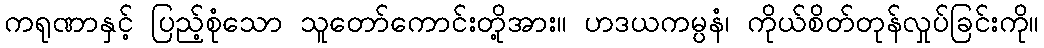
ကရုဏာနှင့် ပြည့်စုံသော သူတော်ကောင်းတို့အား။ ဟဒယကမ္ပနံ၊ ကိုယ်စိတ်တုန်လှုပ်ခြင်းကို။